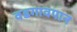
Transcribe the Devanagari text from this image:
वडगावपान